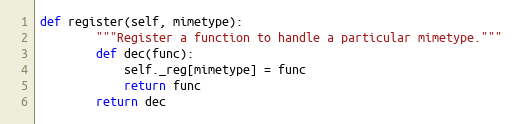
Language: Python
def register(self, mimetype):
        """Register a function to handle a particular mimetype."""
        def dec(func):
            self._reg[mimetype] = func
            return func
        return dec